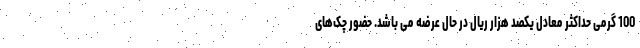
100 گرمی حداکثر معادل یکصد هزار ریال در حال عرضه می باشد. حضور چک‌های